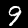
Label: 9